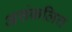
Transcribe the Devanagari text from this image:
असंकलित